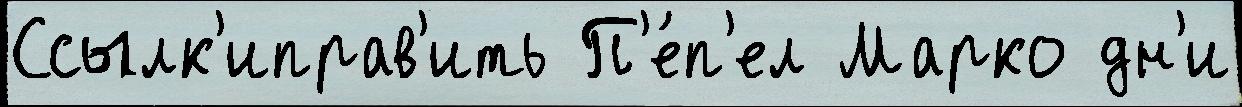
Ссылк'иправ'ить П'е́п'ел Марко дн'и